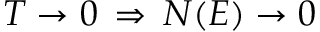
T \to 0 \, \Rightarrow \, N ( E ) \to 0